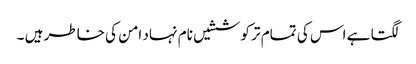
لگتا ہے اس کی تمام تر کوششیں نام نہاد امن کی خاطر ہیں ۔